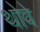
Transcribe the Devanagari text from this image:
थोवे